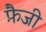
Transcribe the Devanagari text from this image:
फ़ैजी